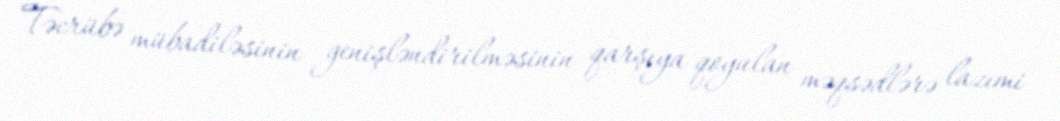
Təcrübə mübadiləsinin genişləndirilməsinin qarşıya qoyulan məqsədlərə lazımi